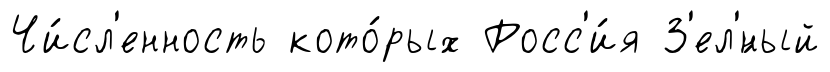
Чи́сл'енность кото́рых Росс'и́я З'ел'́ный